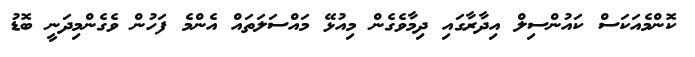
ކޮންމެއަކަސް ކައުންސިލް އިދާރާގައި ދިމާވެގެން މިއުޅޭ މައްސަލަތައް އެންމެ ފަހުން ވެގެންމިދަނީ ބޮޑު